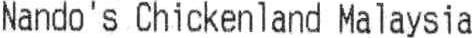
NANDO'S CHICKENLAND MALAYSIA